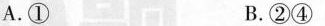
A.① B.②④